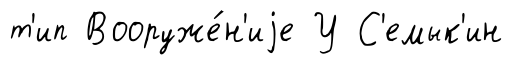
т'ип Вооруже́н'иjе У С'емык'ин